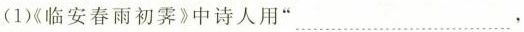
(1)《临安春雨初霁》中诗人用“___